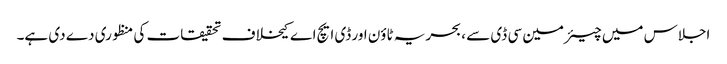
اجلاس میں چیئرمین سی ڈی سے ، بحریہ ٹاؤن اور ڈی ایچ اے کیخلاف تحقیقات کی منظوری دے دی ہے۔